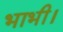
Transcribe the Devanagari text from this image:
भाभी।